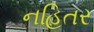
નહિતર